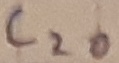
Text: C20